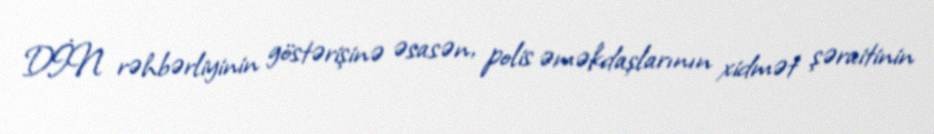
DİN rəhbərliyinin göstərişinə əsasən, polis əməkdaşlarının xidmət şəraitinin